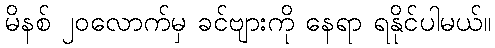
မိနစ် ၂၀လောက်မှ ခင်ဗျားကို နေရာ ရနိုင်ပါမယ်။